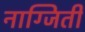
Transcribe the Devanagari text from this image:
नाग्जिती